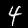
Label: 4